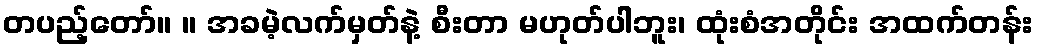
တပည့်တော်။ ။ အခမဲ့လက်မှတ်နဲ့ စီးတာ မဟုတ်ပါဘူး၊ ထုံးစံအတိုင်း အထက်တန်း